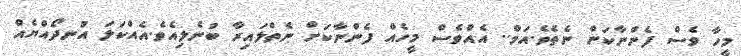
މީހާ ވެސް ފެންނާކަން ނެތެވެ.އަމް.. އެއްވެސް މީހެއް ފެންނާކަށް ނެތްލައިރާ ބުނެލިއެވެ.އެއްކަލަ އުނދޯއްޔެއް